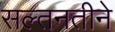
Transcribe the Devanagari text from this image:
सल्तनतीने